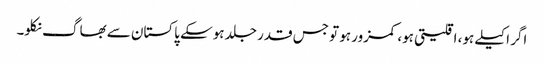
اگر اکیلے ہو، اقلیتی ہو، کمزور ہو تو جس قدر جلد ہوسکے پاکستان سے بھاگ نکلو۔